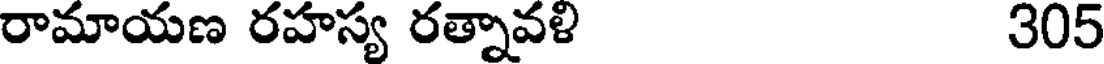
రామాయణ రహస్య రత్నావళి 305